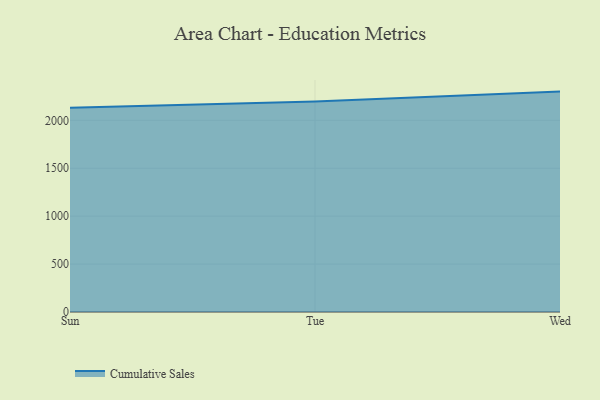
{"axis": {"x": "Day", "y": "Humidity (%)"}, "legend": ["Cumulative Sales"], "data": [{"x": "Sun", "y": 2132.5, "type": "Cumulative Sales"}, {"x": "Tue", "y": 2196.0, "type": "Cumulative Sales"}, {"x": "Wed", "y": 2299.8, "type": "Cumulative Sales"}]}